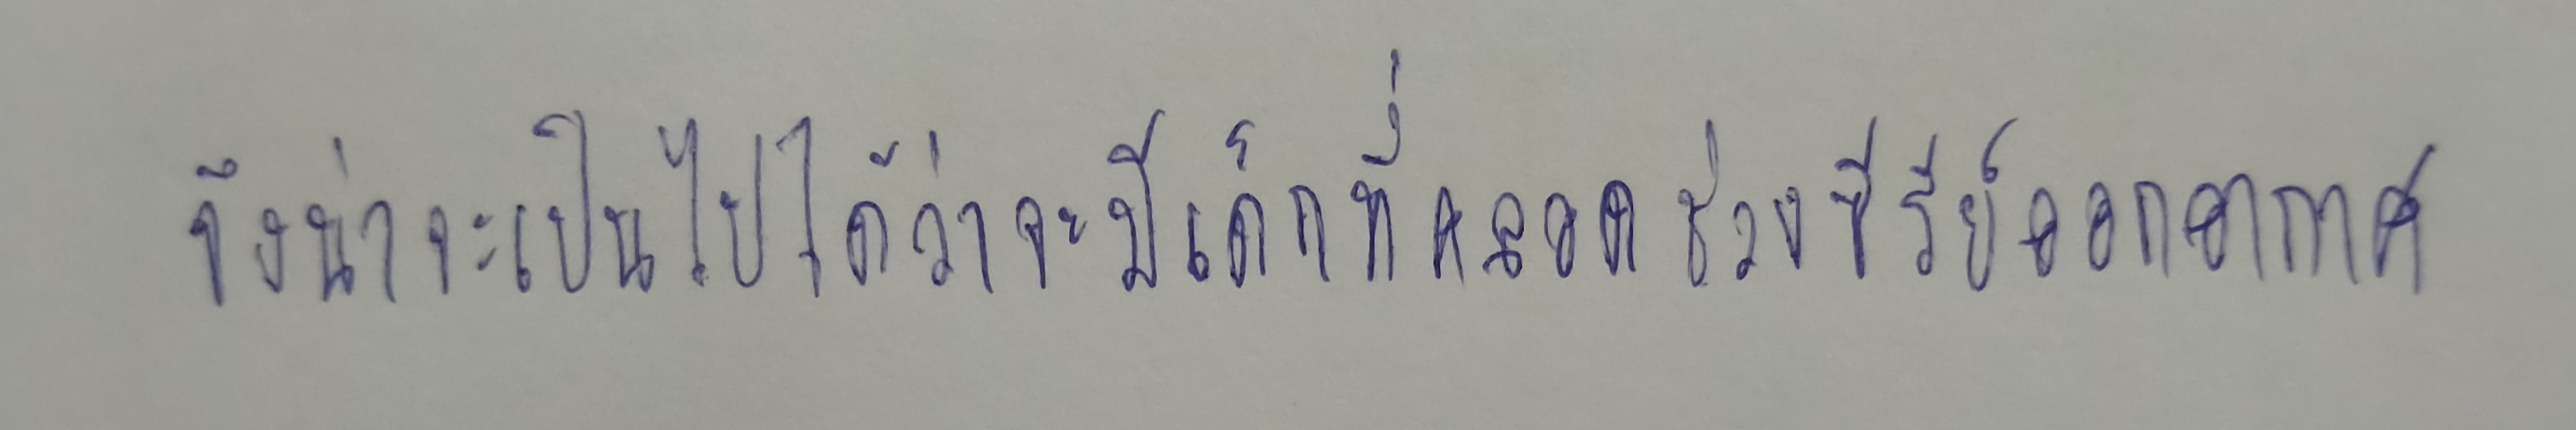
จึงน่าจะเป็นไปได้ว่าจะมีเด็กที่คลอดช่วงซีรีย์สออกอากาศ